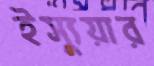
ইস্যুয়ার